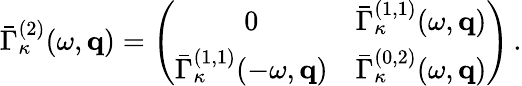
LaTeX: \bar{\Gamma}_{\kappa}^{(2)}(\omega,{\mathbf q})=\left(\begin{array}{cc}{0}&{\bar{\Gamma}_{\kappa}^{(1,1)}(\omega,{\mathbf q})}\\ {\bar{\Gamma}_{\kappa}^{(1,1)}(-\omega,{\mathbf q})}&{\bar{\Gamma}_{\kappa}^{(0,2)}(\omega,{\mathbf q})}\end{array}\right)\, .